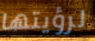
لرؤيتها